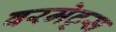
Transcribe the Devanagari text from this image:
वरमेट्स